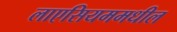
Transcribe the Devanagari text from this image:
लाएसियममधील